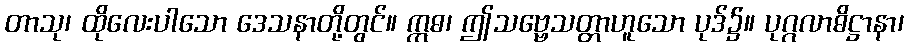
တာသု၊ ထိုလေးပါသော ဒေသနာတို့တွင်။ ဣဓ၊ ဤသဗ္ဗေသတ္တာဟူသော ပုဒ်၌။ ပုဂ္ဂလာဓိဋ္ဌာနာ၊